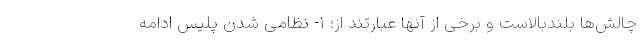
چالش‌ها بلندبالاست و برخی از آنها عبارتند از؛ ۱- نظامی شدن پلیس ادامه